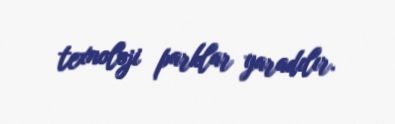
texnoloji parklar yaradılır.